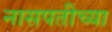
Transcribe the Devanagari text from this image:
नासपतीच्या